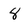
Character: 8